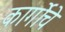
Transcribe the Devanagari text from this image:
कार्गोचे